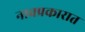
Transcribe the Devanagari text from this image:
नावप्रकारात